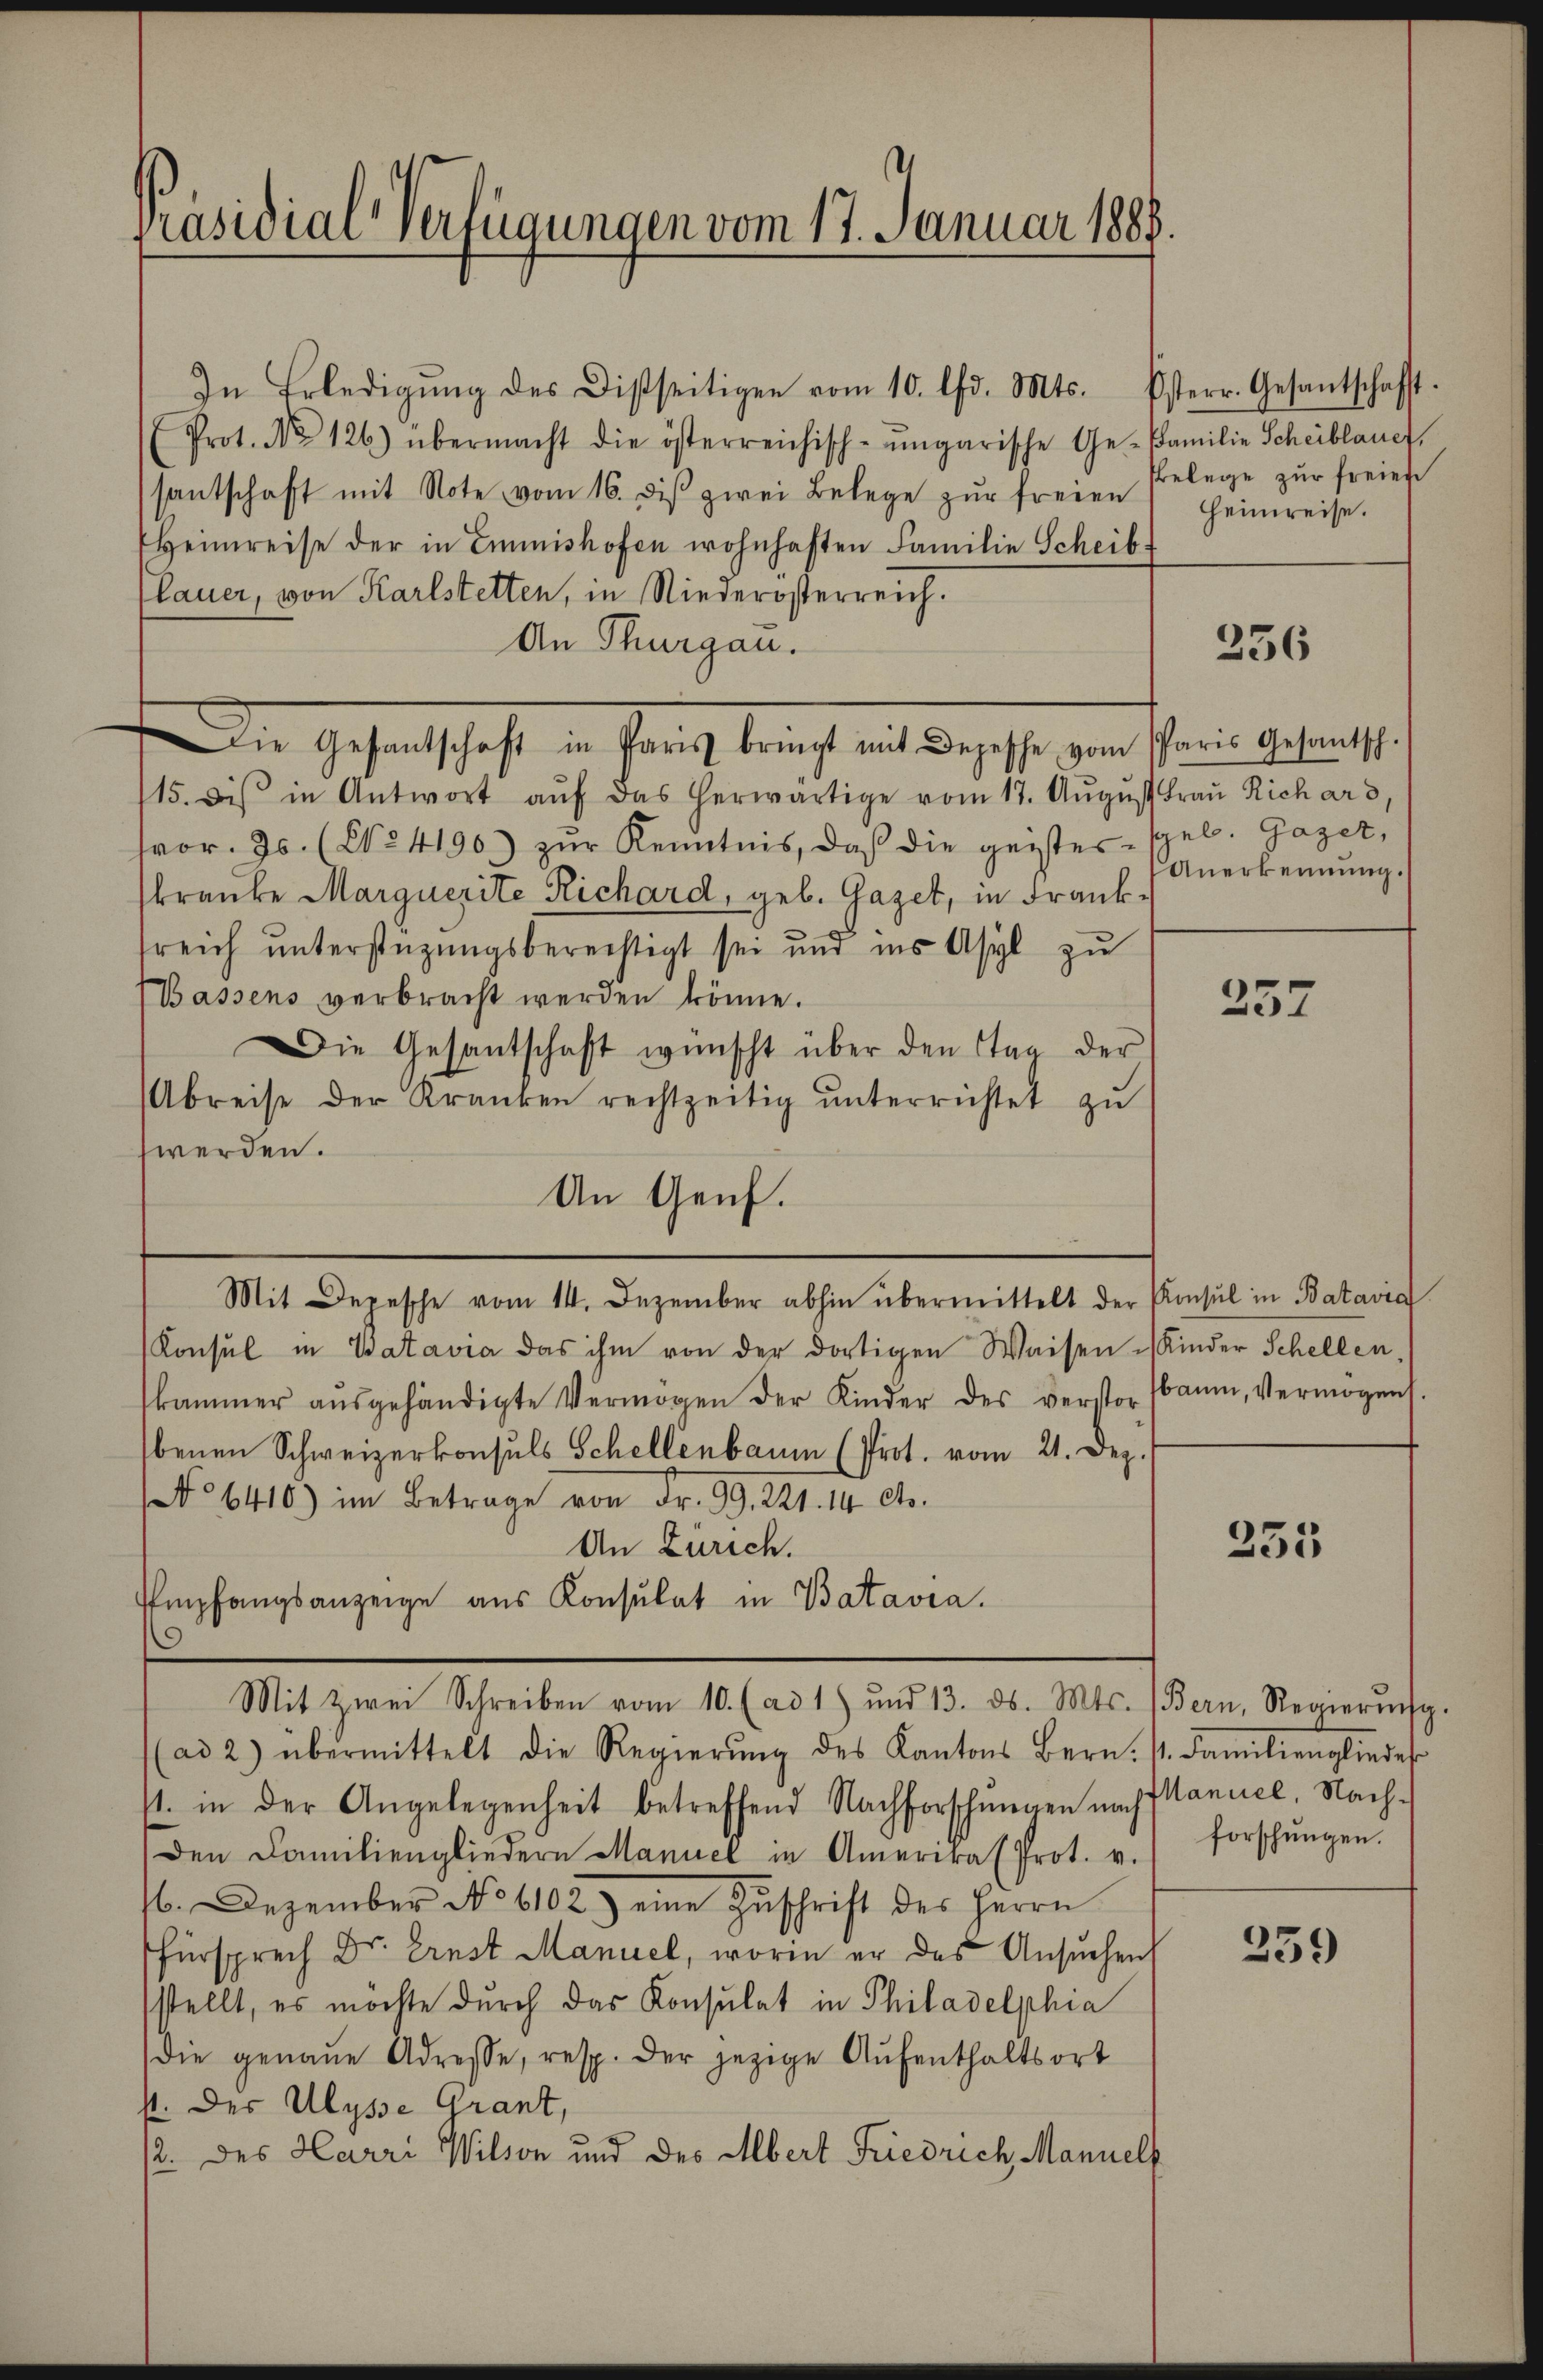
Präsidial-Verfügungen vom 17. Januar 1888.

In Erledigung des Disseitigen vom 10. lfd. Mts.
Prot. No 126) übermacht die österreichisch-ungarische Ge- Familie Scheiblauer,
santschaft mit Note vom 16. diβ zwei Belege zŭr freien
Heimreise der in Emmishofen wohnhaften Familie Scheib
lauer, von Karlstetten, in Niederösterreich.
An Thurgau.
Die Gehaltschaft in Gerich berich mit er sehr ver
15. dis in Antwort aŭf das herwärtige vom 17. Aŭgŭst Frau Richar 3,
or. Js. (No. 4190) zŭr Kenntnis, daß die geistes spel. Gager,
kranke Marquerite Richard, geb. Gazet, in Franksreich unterstüzungsberechtigt sei und ins Asyl zu
Bassens verbracht werden könne.
Die Gesantschaft wünscht über den Tag der
Abreise der Kranken rechtzeitig unterrichtet zu
werden.
An Genf.
Mit Depesche vom 14. Dezember abhin übermittelt der Amsul in Batavia
Konsul in Batavia das ihm von der dortigen Waisen Kinder Schellen
kammer aŭsgehändigte Vermögen der Kinder des verstor
benen Schweizerkonsuls Schellenbaum (Prot. vom 21. Dez.
No 6410) im Betrage von Fr. 99. 221. 14. Cts.
An Zürich.
Empfangsanzeige aus Konsulat in Batavia.
.
Mit zwei Schreiben vom 10. (ad 1) und 13. ds. Mts. (Bern, Regierung.
(ad 2) übermittelt die Regierŭng des Kantons Bern: 1. Familienglieder
11. in der Angelegenheit betreffend Nachforschungen nach Manuel, Nach-
den Familiengliedern Manuel in Amerial Prot. v.
b. Dezember No 6102) eine Zŭschrift des Herrn
Fürsprech Dr. Ernst Manuel, worin er das Ansuchen
stellt, es möchte durch das Konsulat in Philadelphia
die genaŭe Adresse, resp. der jezige Aŭfenthaltsort
st. Der Ulysse Grant,
12. des Harri Wilson und des Albert Friedrich, Mannell

Osterr. Gesantschafft.
belege zur freien
Heimreise.

256

Paris Gesantsch.
Anerkennung.

257

baum, Vermögens.

235

forschungen.

339